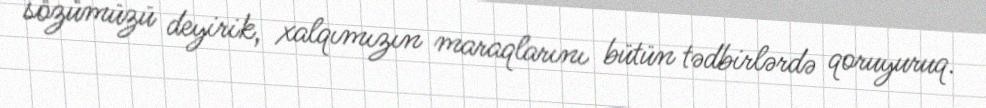
sözümüzü deyirik, xalqımızın maraqlarını bütün tədbirlərdə qoruyuruq.